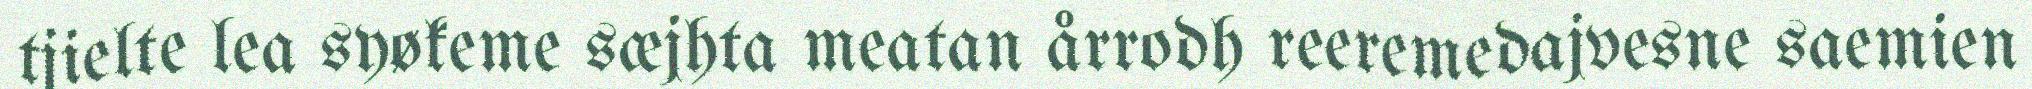
tjielte lea syøkeme sæjhta meatan årrodh reeremedajvesne saemien